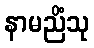
နာမညိံသု